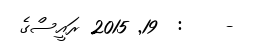
-    :  19